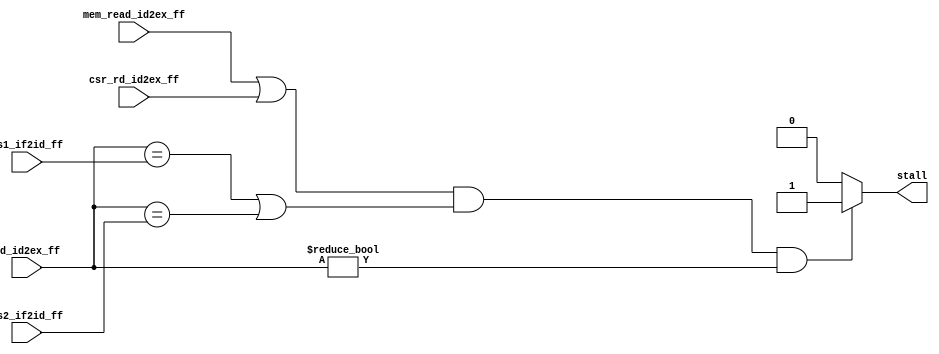
module riscv_hzd_detect_unit#(
    parameter   RF_ADDR_WIDTH   = -1
) (
    input   	[RF_ADDR_WIDTH-1:0] rs1_if2id_ff,
    input   	[RF_ADDR_WIDTH-1:0] rs2_if2id_ff,
	
    input   	[RF_ADDR_WIDTH-1:0] rd_id2ex_ff,
	input   	                    mem_read_id2ex_ff,
    input                           csr_rd_id2ex_ff,
    
    //input   	[RF_ADDR_WIDTH-1:0] rd_ex2mem_ff,
    //input       [1:0]               csr_rd_ex2mem_ff,
    output 	reg 	                stall
);
//notice that instr_id2ex may not have rs2
    always@(*) begin
        if ((mem_read_id2ex_ff | (csr_rd_id2ex_ff != 0)) && ((rd_id2ex_ff == rs1_if2id_ff) || (rd_id2ex_ff == rs2_if2id_ff)) && (rd_id2ex_ff!=0)) begin
            stall = 1'b1;
        end
        //else if(csr_rd_ex2mem_ff != 0) && ((rd_ex2mem_ff == rs1_if2id_ff) || (rd_ex2mem_ff == rs2_if2id_ff)) && (rd_ex2mem_ff!=0))begin
        //    stall = 1'b1;
        //end
		else stall = 1'b0;
    end

endmodule